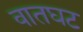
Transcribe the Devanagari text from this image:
वातघट